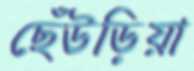
ছেঁউড়িয়া